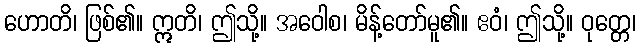
ဟောတိ၊ ဖြစ်၏။ ဣတိ၊ ဤသို့။ အဝေါစ၊ မိန့်တော်မူ၏။ ဧဝံ၊ ဤသို့။ ဝုတ္တေ၊